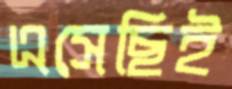
এসেছিই